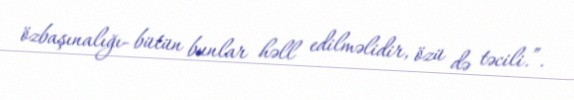
özbaşınalığı- bütün bunlar həll edilməlidir, özü də təcili.”.